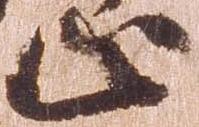
止